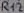
Text: R12